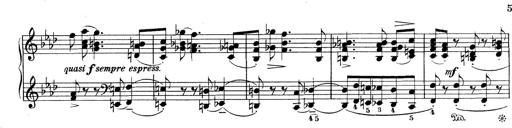
Title: Variationen Ã¼ber das Motiv von Bach
Composer: Franz Liszt